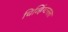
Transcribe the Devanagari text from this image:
चिव्हिंग्टनला